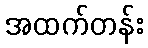
အထက်တန်း